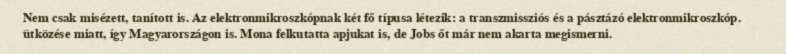
Nem csak misézett, tanított is. Az elektronmikroszkópnak két fő típusa létezik: a transzmissziós és a pásztázó elektronmikroszkóp. ütközése miatt, így Magyarországon is. Mona felkutatta apjukat is, de Jobs őt már nem akarta megismerni.